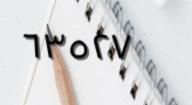
٦٣٥٢٧